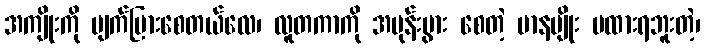
အကျိုးကို ပျက်ပြားစေတယ်လေ၊ လူတကာကို အမုန်းပွား စေတဲ့ မာနမျိုး မထားရဘူးတဲ့၊